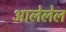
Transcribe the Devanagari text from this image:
आलेलेल